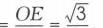
\(=OE=\sqrt{3}\)